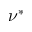
\nu ^ { * }